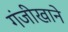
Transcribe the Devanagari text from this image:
गंजीखाने